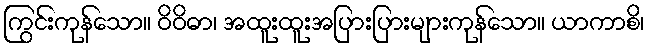
ကြွင်းကုန်သော။ ဝိဝိဓာ၊ အထူးထူးအပြားပြားများကုန်သော။ ယာကာစိ၊